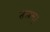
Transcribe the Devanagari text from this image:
तत्त्वम्।